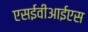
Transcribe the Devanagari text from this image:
एसईवीआईएस